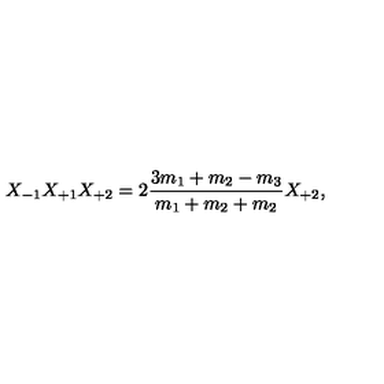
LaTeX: X _ { - 1 } X _ { + 1 } X _ { + 2 } = 2 \frac { 3 m _ { 1 } + m _ { 2 } - m _ { 3 } } { m _ { 1 } + m _ { 2 } + m _ { 2 } } X _ { + 2 } ,